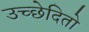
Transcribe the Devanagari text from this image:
उच्छेदितो